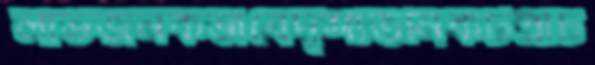
লাভজনকভাবেদৃশ্যতনিকটপ্রাচ